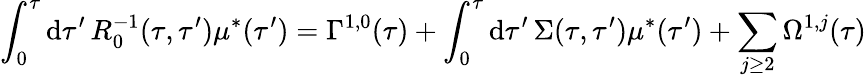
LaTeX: \int_{0}^{\tau}\mathrm{d}\tau^{\prime}\, R_{0}^{-1}(\tau,\tau^{\prime})\mu^{*}(\tau^{\prime})=\Gamma^{1,0}(\tau)+\int_{0}^{\tau}\mathrm{d}\tau^{\prime}\, \Sigma(\tau,\tau^{\prime})\mu^{*}(\tau^{\prime})+\sum_{j\geq2}\Omega^{1,j}(\tau)